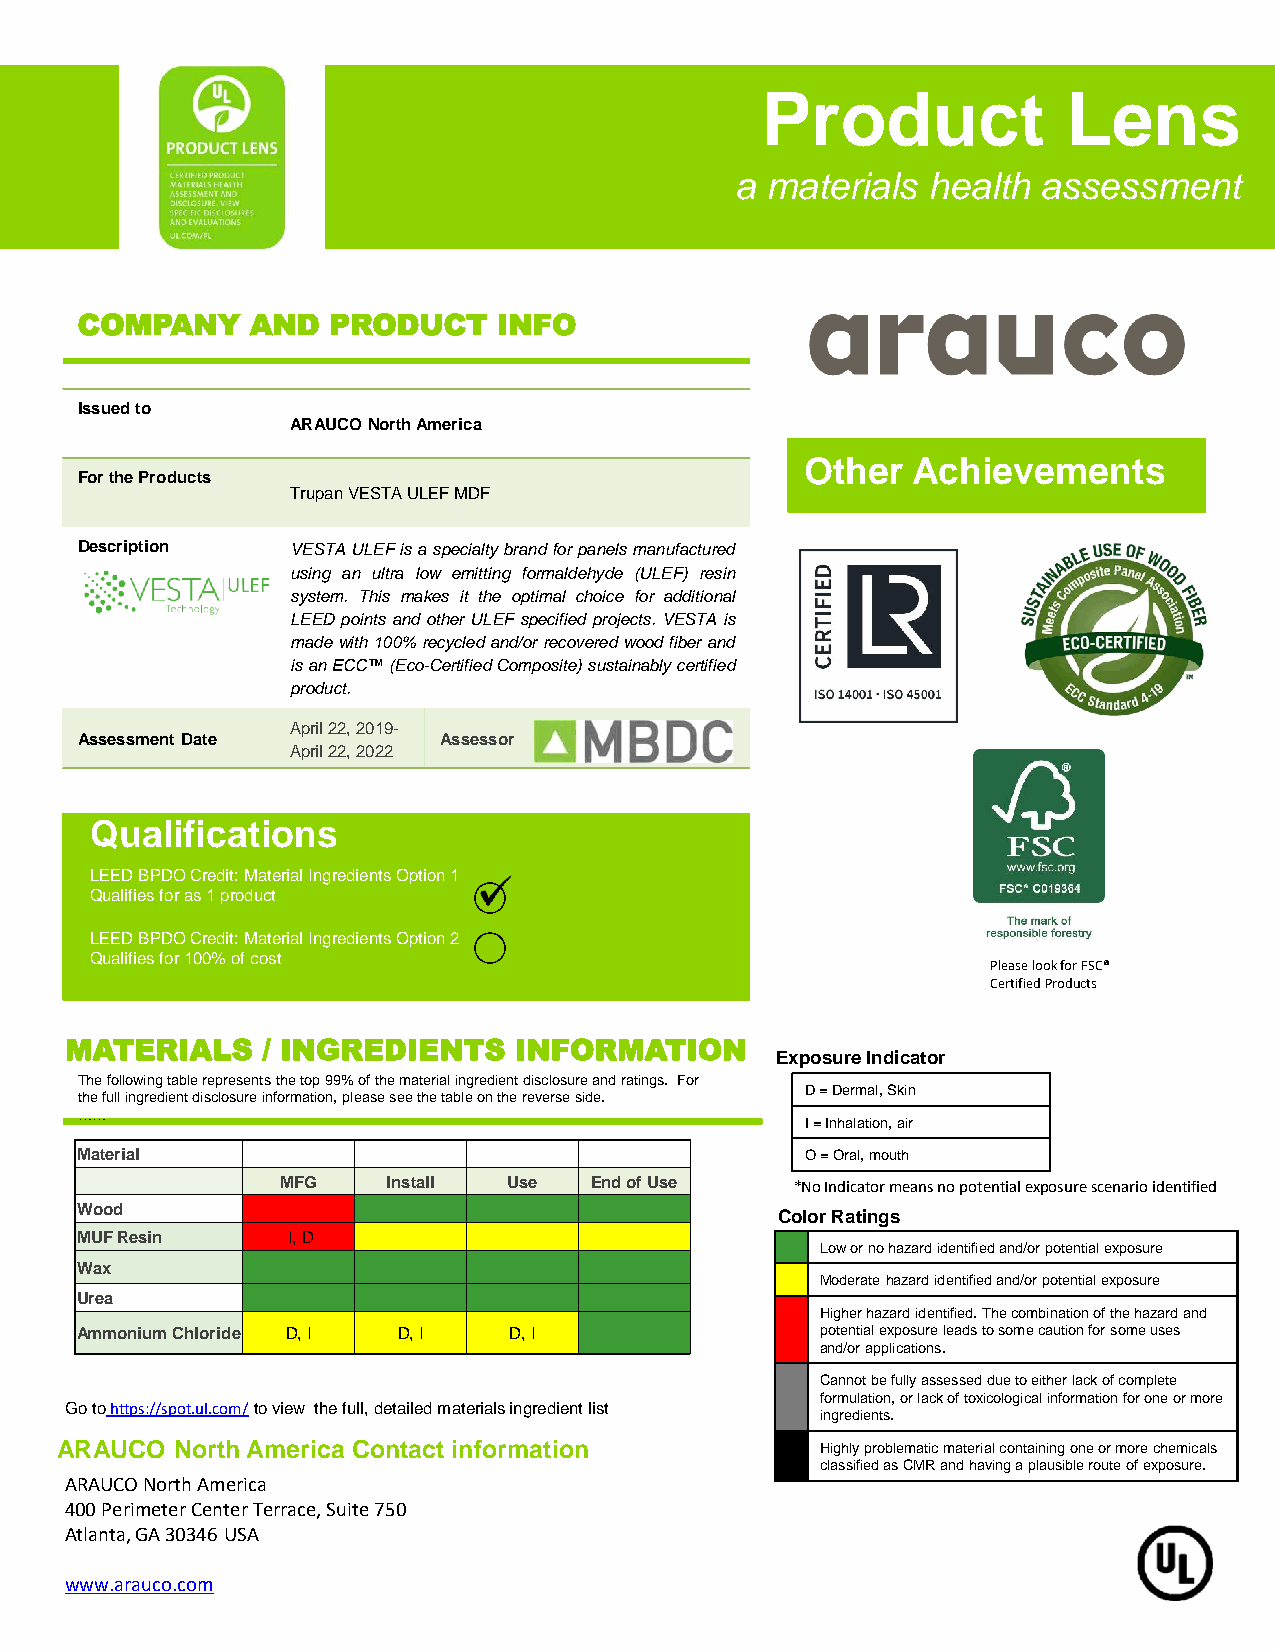
Product              Lens
 a materials health  assessment
 COMPANY     AND  PRODUCT    INFO
 Issued to
 ARAUCONorth America
 Other  Achievements
 For the Products
 TrupanVESTA ULEF MDF
 Description   VESTAULEFisaspecialtybrandforpanelsmanufactured
 using an ultra low emitting formaldehyde (ULEF) resin
 system. This makes it the optimal choice for additional
 LEED points and other ULEF specified projects. VESTA is
 madewith100%recycledand/orrecoveredwoodfiberand
 isanECC™(Eco-CertifiedComposite)sustainablycertified
 product.
 April 22, 2019-
 Assessment Date         Assessor
 April 22, 2022
 Qualifications
 LEED BPDO Credit: Material Ingredients Option 1
 Qualifies for as 1 product
 LEED BPDO Credit: Material Ingredients Option 2
 Qualifies for 100% of cost
 Please look for FSC®
 Certified Products
 MATERIALS    / INGREDIENTS    INFORMATION
 Exposure Indicator
 The following table represents the top 99% of the material ingredient disclosure and ratings. For
 D= Dermal,Skin
 the full ingredient disclosure information, please see the table on the reverse side.
 ……
 I = Inhalation, air
 Material                                        O = Oral,mouth
 MFG    Install Use  End of Use    *No Indicator means no potential exposure scenario identified
 Wood                                          Color Ratings
 MUF Resin     I, D
 Low or no hazardidentified and/or potential exposure
 Wax
 Moderatehazard identified and/or potential exposure
 Urea
 Higherhazard identified. The combination of the hazard and
 Ammonium Chloride D, I D, I  D, I                potential exposure leads to some caution for some uses
 and/or applications.
 Cannot be fully assessed due to either lack of complete
 formulation, or lack of toxicological information for one or more
 Go tohttps://spot.ul.com/to view the full, detailed materials ingredient list
 ingredients.
 ARAUCO North America Contact information          Highly problematic material containing one or more chemicals
 classified as CMR and having a plausible route of exposure.
 ARAUCO North America
 400 Perimeter Center Terrace, Suite 750
 Atlanta, GA 30346 USA
 www.arauco.com